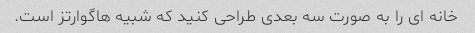
خانه ای را به صورت سه بعدی طراحی کنید که شبیه هاگوارتز است.